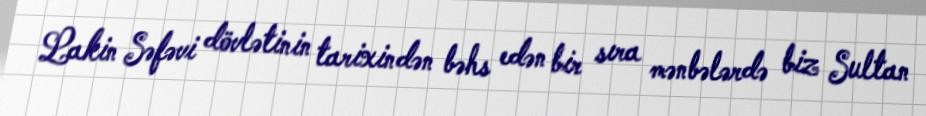
Lakin Səfəvi dövlətinin tarixindən bəhs edən bir sıra mənbələrdə biz Sultan